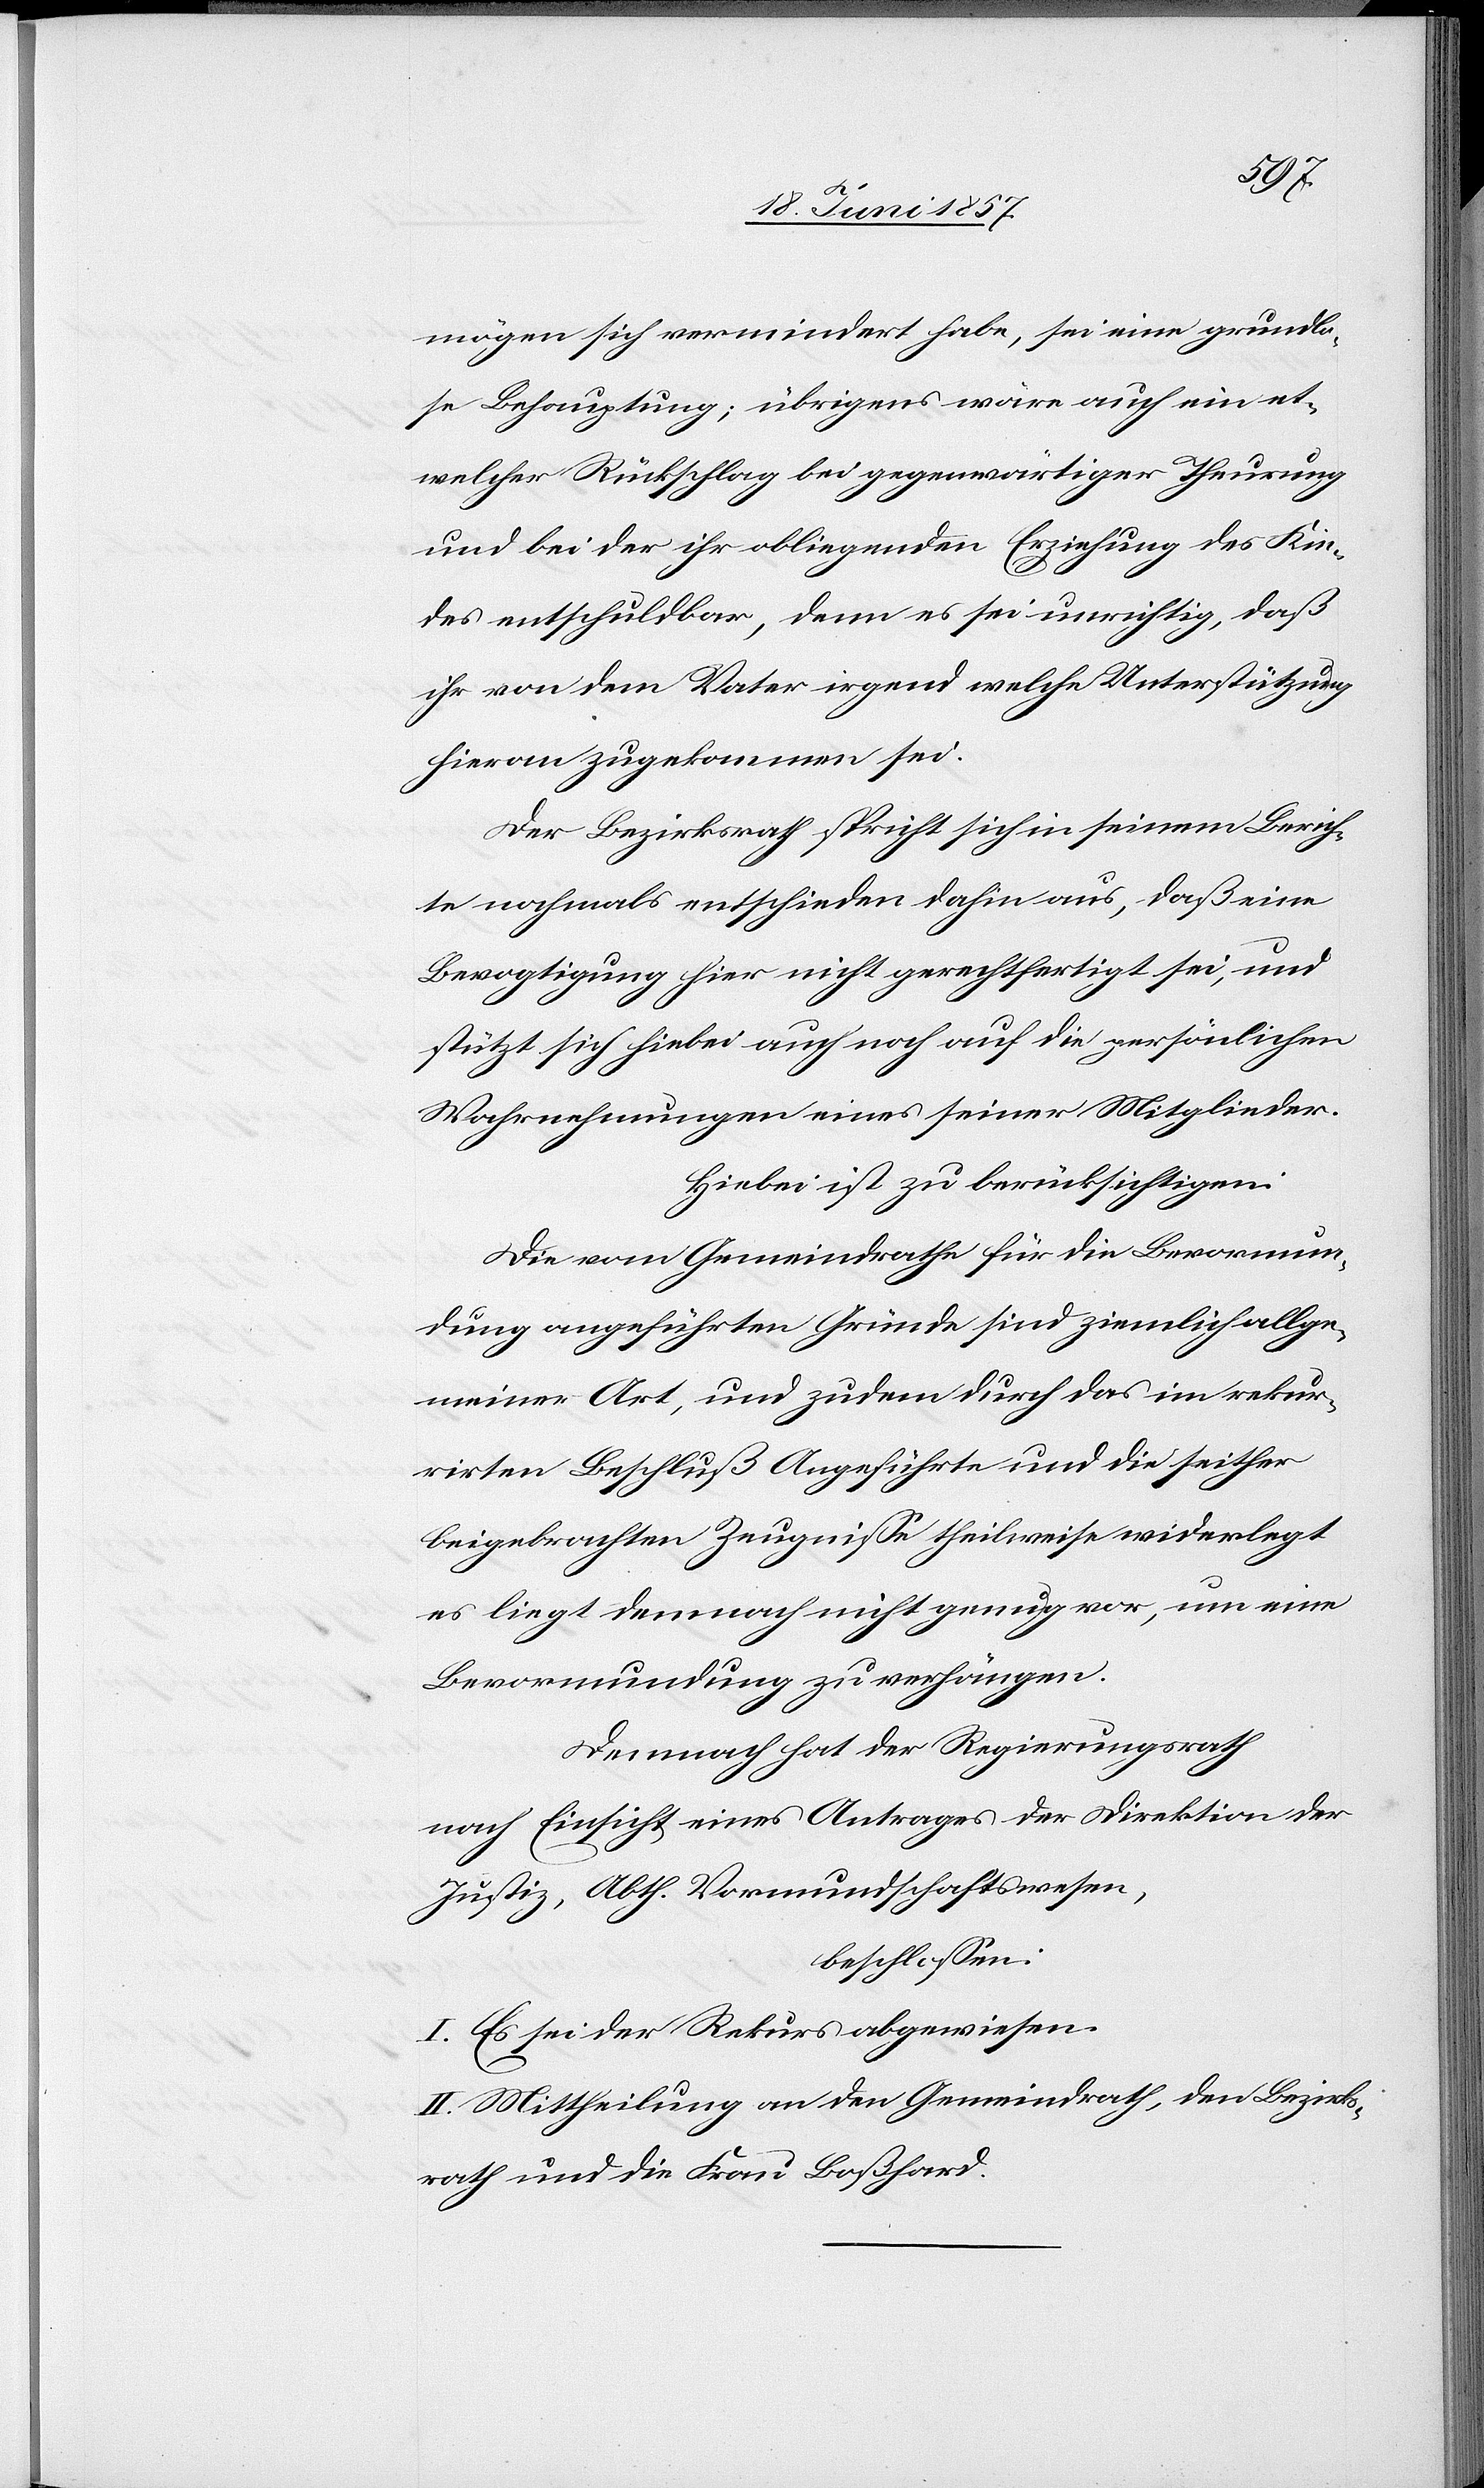
mögen sich vermindert habe, sei eine grundlo¬
se Behauptung; übrigens wäre auch ein et¬
welcher Rückschlag bei gegenwärtiger Theurung
und bei der ihr obliegenden Erziehung des Kin¬
des entschuldbar, denn es sei unrichtig, daß
ihr von dem Vater irgend welche Unterstützung
hievon gekommen sei.
Der Bezirksrath spricht sich in seinem Berich¬
te nochmals entschieden dahin aus, daß eine
Bevogtigung hier nicht gerechtfertigt sei, und
stützt sich hiebei auch noch auf die persönlichen
Wahrnehmungen eines seiner Mitglieder.
Hiebei ist zu berücksichtigen:
Die vom Gemeindrathe für die Bevormun¬
dung angeführten Gründe sind ziemlich allge¬
meiner Art, und zudem durch das im rekur¬
rirten Beschluß Angeführte und die seither
beigebrachten Zeugnisse theilsweise widerlegt[,]
es liegt demnach nicht genug vor, um eine
Bevormundung zu verhängen.
Demnach hat der Regierungsrath
nach Einsicht eines Antrages der Direktion der
Justiz, Abth. Vormundschaftswesen,
beschlossen:
I. Es sei der Rekurs abgewiesen.
II. Mittheilung an den Gemeindrath, den Bezirks¬
rath und die Frau Boßhard.